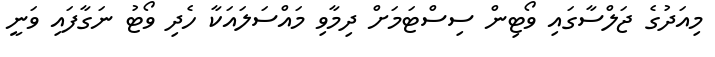
މިއަދުގެ ޖަލްސާގައި ވޯޓިން ސިސްޓަމަށް ދިމާވި މައްސަލައަކާ ހެދި ވޯޓު ނަގާފައި ވަނީ